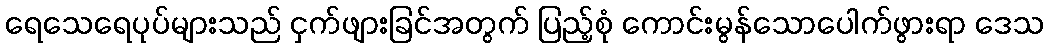
ရေသေရေပုပ်များသည် ငှက်ဖျားခြင်အတွက် ပြည့်စုံ ကောင်းမွန်သောပေါက်ဖွားရာ ဒေသ